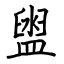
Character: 盥